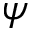
\psi